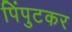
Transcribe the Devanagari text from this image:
पिंपुटकर